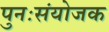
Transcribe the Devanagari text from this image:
पुनःसंयोजक